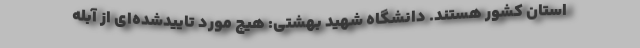
استان‌ کشور هستند. دانشگاه شهید بهشتی: هیچ مورد تاییدشده‌ای از آبله